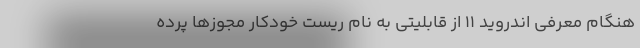
هنگام معرفی اندروید ۱۱ از قابلیتی به نام ریست خودکار مجوزها پرده